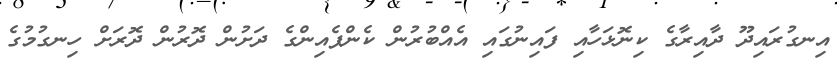
އިނގުރައިދޫ ދާއިރާގެ ކިނޮޅަހާއި ފައިނުގައި އެއްބުރުން ކެންޕެއިންގެ ދަށުން ދޮރުން ދޮރަށް ހިނގުމުގެ